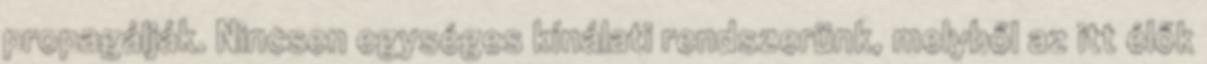
propagálják. Nincsen egységes kínálati rendszerünk, melyből az itt élők